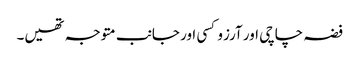
فضہ چاچی اور آرزو کسی اور جانب متوجہ تھیں۔